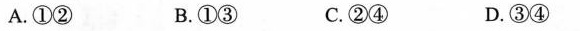
A.①② B.①③ C.②④ D.③④